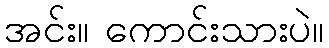
အင်း။ ကောင်းသားပဲ။